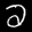
Label: 2